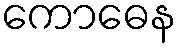
ကောဓေန